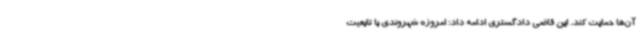
آن‌ها حمایت کند. این قاضی دادگستری ادامه داد: امروزه شهروندی با تابعیت